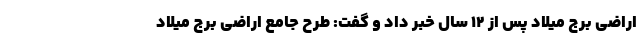
اراضی برج میلاد پس از ۱۲ سال خبر داد و گفت: طرح جامع اراضی برج میلاد